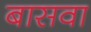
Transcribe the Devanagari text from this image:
बासवा